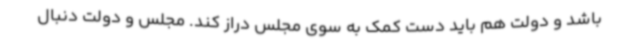
باشد و دولت هم باید دست کمک به سوی مجلس دراز کند. مجلس و دولت دنبال